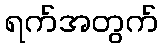
ရက်အတွက်